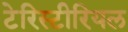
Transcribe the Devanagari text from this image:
टेरिस्टीरियल